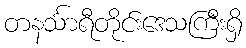
တနင်္သာရီတိုင်းဒေသကြီးရှိ